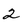
Character: 2